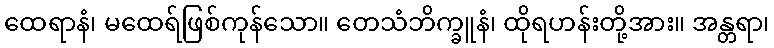
ထေရာနံ၊ မထေရ်ဖြစ်ကုန်သော။ တေသံဘိက္ခူနံ၊ ထိုရဟန်းတို့အား။ အန္တရာ၊